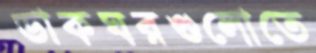
ডাকঘরগুলোতে